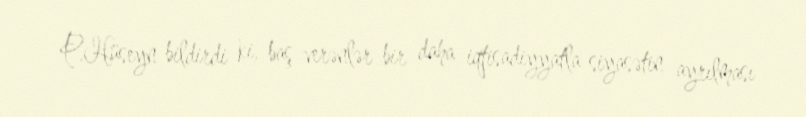
P.Hüseyn bildirdi ki, baş verənlər bir daha iqtisadiyyatla siyasətin ayrılması